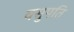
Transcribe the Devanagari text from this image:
वसुपति